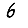
Digit: 6